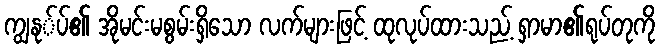
ကျွနု်ပ်၏ အိုမင်းမစွမ်းရှိသော လက်များဖြင့် ထုလုပ်ထားသည့် ရှာမာ၏ရုပ်တုကို